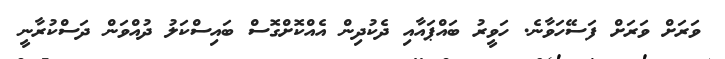
ވަރަށް ވަރަށް ފަސޭހަވާނެ. ހަވީރު ބައްޕައާއި ދެކުދިން އެއްކޮށްގޮސް ބައިސްކަލު ދުއްވަން ދަސްކުރާނީ